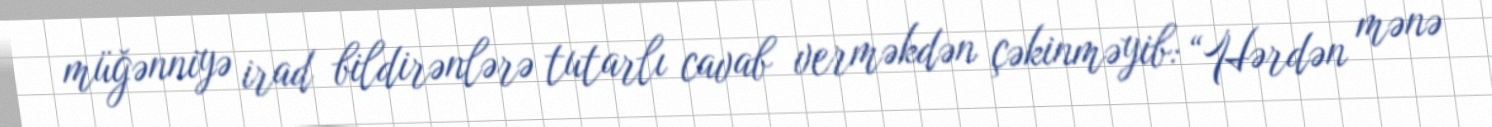
müğənniyə irad bildirənlərə tutarlı cavab verməkdən çəkinməyib: “Hərdən mənə